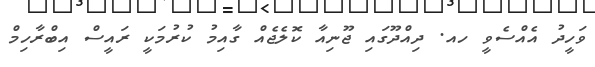
ވަހީދު އެއްސެވީ ހއ. ދިއްދޫގައި ޖޫނިއާ ކޮލެޖެއް ގާއިމު ކުރުމަކީ ރައީސް އިބްރާހިމް